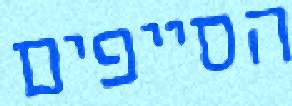
הסייפים